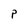
Character: P